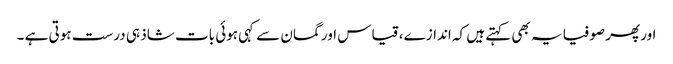
اور پھر صوفیا یہ بھی کہتے ہیں کہ اندازے ، قیاس اور گمان سے کہی ہوئی بات شاذ ہی درست ہوتی ہے ۔